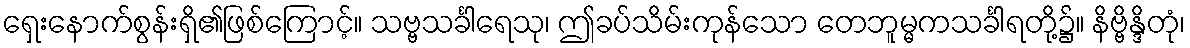
ရှေးနောက်စွန်းရှိ၏ဖြစ်ကြောင့်။ သဗ္ဗသင်္ခါရေသု၊ ဤခပ်သိမ်းကုန်သော တေဘူမ္မကသင်္ခါရတို့၌။ နိဗ္ဗိန္ဒိတုံ၊